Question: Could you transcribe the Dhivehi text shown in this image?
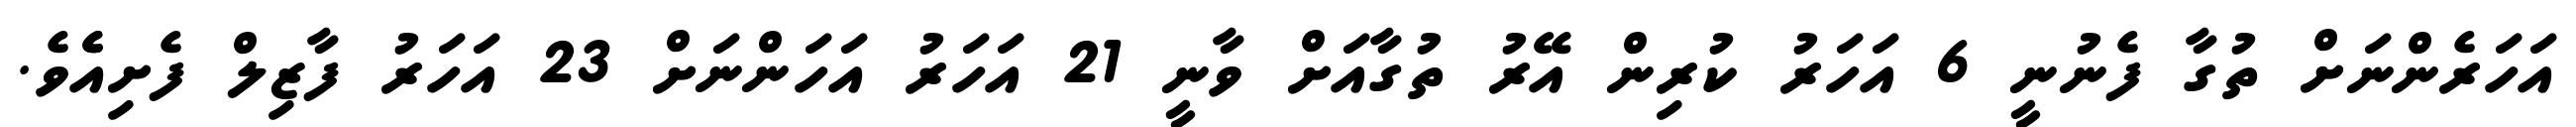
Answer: އަހަރެންނަށް ތުގާ ފެނުނީ 6 އަހަރު ކުރިން އޭރު ތުގާއަށް ވާނީ 21 އަހަރު އަހަންނަށް 23 އަހަރު ފާޒިލް ފެށިއެެވެ.